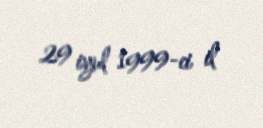
29 iyul 1999-ci il